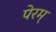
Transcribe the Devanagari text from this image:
पेरम्